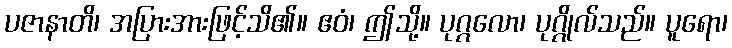
ပဇာနာတိ၊ အပြားအားဖြင့်သိ၏။ ဧဝံ၊ ဤသို့။ ပုဂ္ဂလော၊ ပုဂ္ဂိုလ်သည်။ ပူရော၊